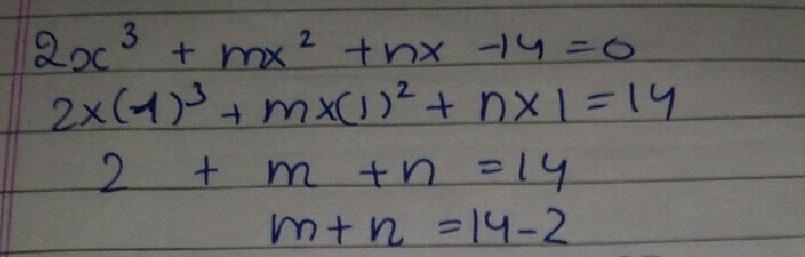
\begin{align*}
2x^{3}+mx^{2}+nx - 14&=0\\
2\times(1)^{3}+m\times(1)^{2}+n\times1&=14\\
2 + m + n&=14\\
m + n&=14 - 2
\end{align*}